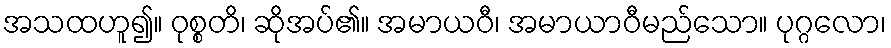
အသထဟူ၍။ ဝုစ္စတိ၊ ဆိုအပ်၏။ အမာယဝီ၊ အမာယာဝီမည်သော။ ပုဂ္ဂလော၊